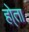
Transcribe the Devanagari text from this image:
हो्ता